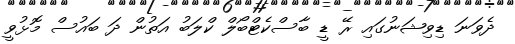
ދެވަނަ ޑިވިޝަނުގައި ރޭ ޑީ ބާސްކެޓްބޯލް ކްލަބު އަތުން ދަ ބައުސް މޮޅުވީ